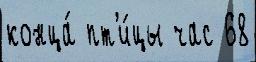
конца́ пт'и́цы час 68